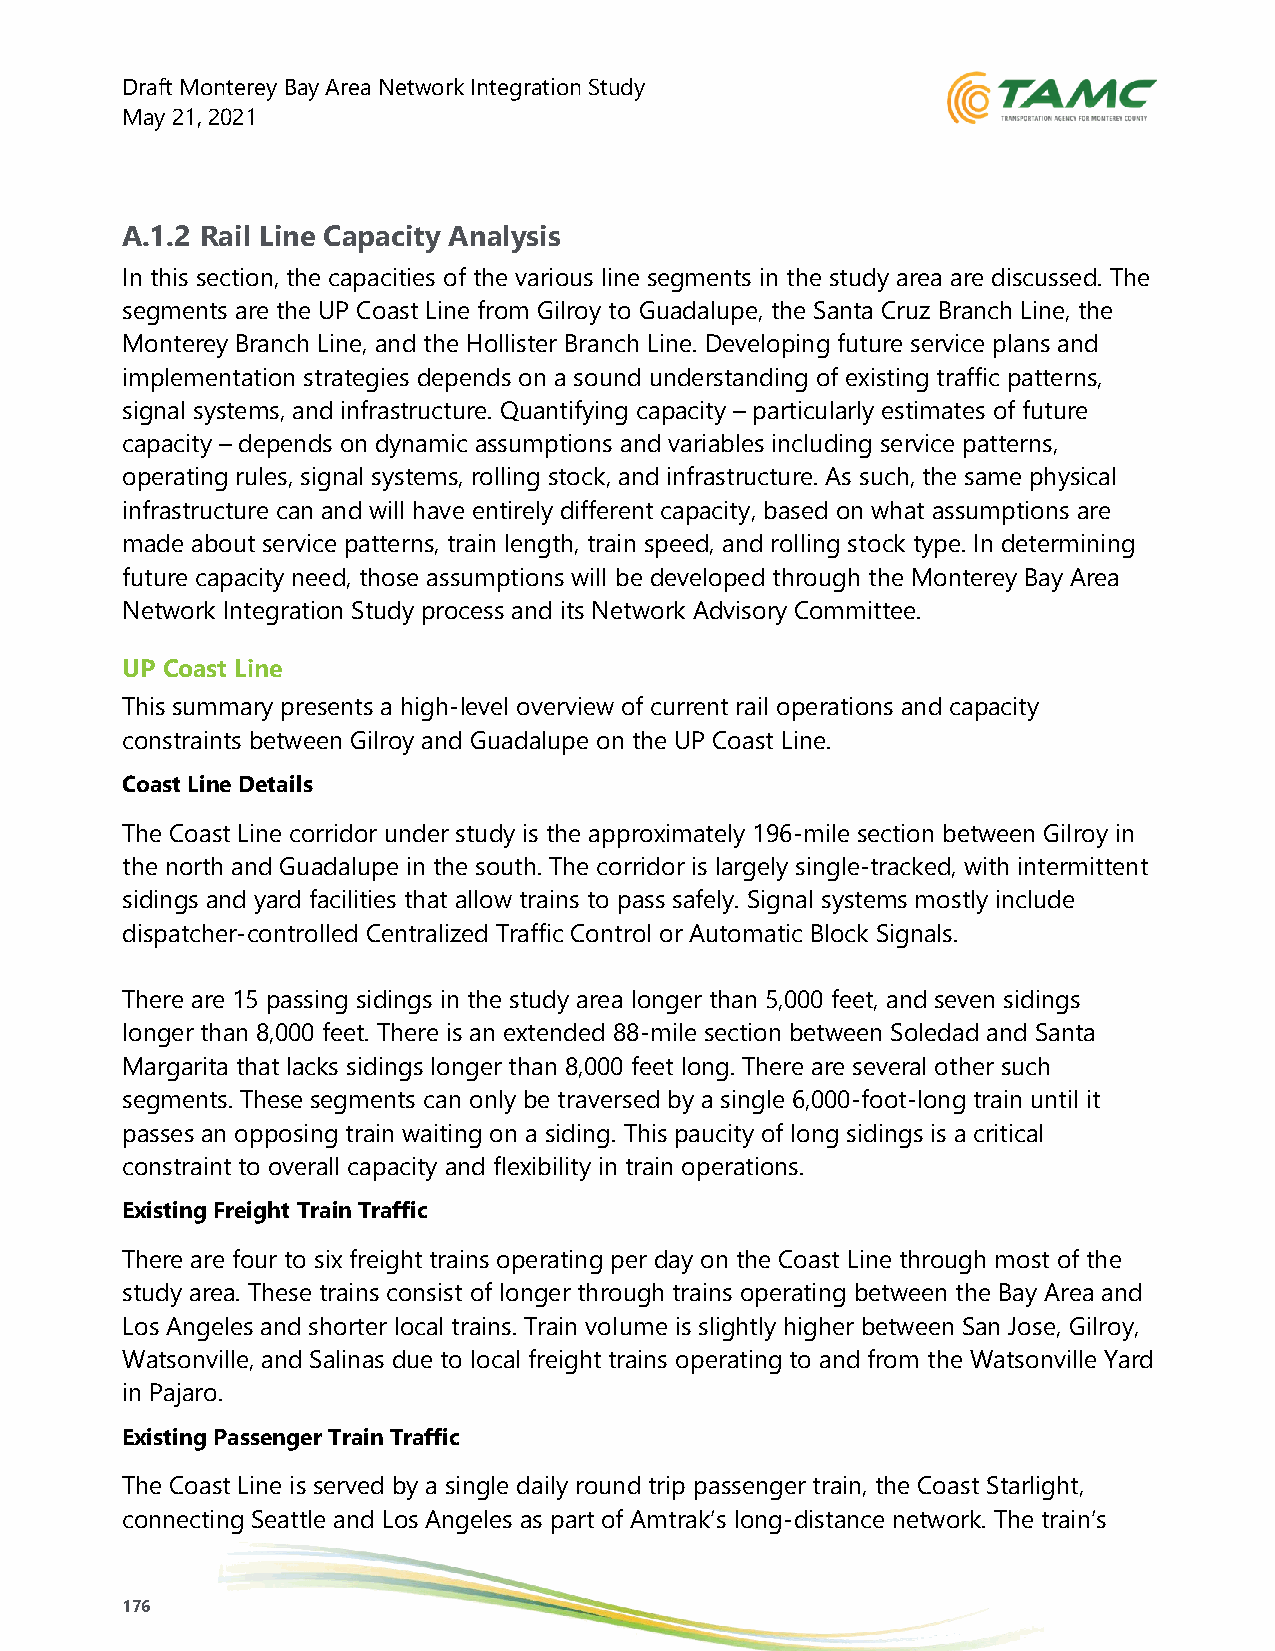
Draft Monterey Bay Area Network Integration Study
 May 21, 2021
 A.1.2 Rail Line Capacity Analysis
 In this section, the capacities of the various line segments in the study area are discussed. The
 segments are the UP Coast Line from Gilroy to Guadalupe, the Santa Cruz Branch Line, the
 Monterey Branch Line, and the Hollister Branch Line. Developing future service plans and
 implementation strategies depends on a sound understanding of existing traffic patterns,
 signal systems, and infrastructure. Quantifying capacity – particularly estimates of future
 capacity – depends on dynamic assumptions and variables including service patterns,
 operating rules, signal systems, rolling stock, and infrastructure. As such, the same physical
 infrastructure can and will have entirely different capacity, based on what assumptions are
 made about service patterns, train length, train speed, and rolling stock type. In determining
 future capacity need, those assumptions will be developed through the Monterey Bay Area
 Network Integration Study process and its Network Advisory Committee.
 UP Coast Line
 This summary presents a high-level overview of current rail operations and capacity
 constraints between Gilroy and Guadalupe on the UP Coast Line.
 Coast Line Details
 The Coast Line corridor under study is the approximately 196-mile section between Gilroy in
 the north and Guadalupe in the south. The corridor is largely single-tracked, with intermittent
 sidings and yard facilities that allow trains to pass safely. Signal systems mostly include
 dispatcher-controlled Centralized Traffic Control or Automatic Block Signals.
 There are 15 passing sidings in the study area longer than 5,000 feet, and seven sidings
 longer than 8,000 feet. There is an extended 88-mile section between Soledad and Santa
 Margarita that lacks sidings longer than 8,000 feet long. There are several other such
 segments. These segments can only be traversed by a single 6,000-foot-long train until it
 passes an opposing train waiting on a siding. This paucity of long sidings is a critical
 constraint to overall capacity and flexibility in train operations.
 Existing Freight Train Traffic
 There are four to six freight trains operating per day on the Coast Line through most of the
 study area. These trains consist of longer through trains operating between the Bay Area and
 Los Angeles and shorter local trains. Train volume is slightly higher between San Jose, Gilroy,
 Watsonville, and Salinas due to local freight trains operating to and from the Watsonville Yard
 in Pajaro.
 Existing Passenger Train Traffic
 The Coast Line is served by a single daily round trip passenger train, the Coast Starlight,
 connecting Seattle and Los Angeles as part of Amtrak’s long-distance network. The train’s
 176